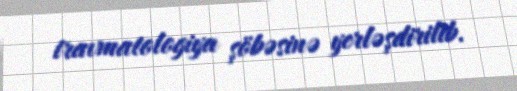
travmatologiya şöbəsinə yerləşdirilib.